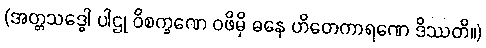
(အတ္တသဒ္ဓေါ ပါဌု ဝိစက္ခဏေ ဝဖိမှိ ဓနေ ဟိတေကာရဏေ ဒိဿတိ။)